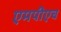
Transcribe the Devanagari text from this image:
एमपीएच